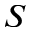
S